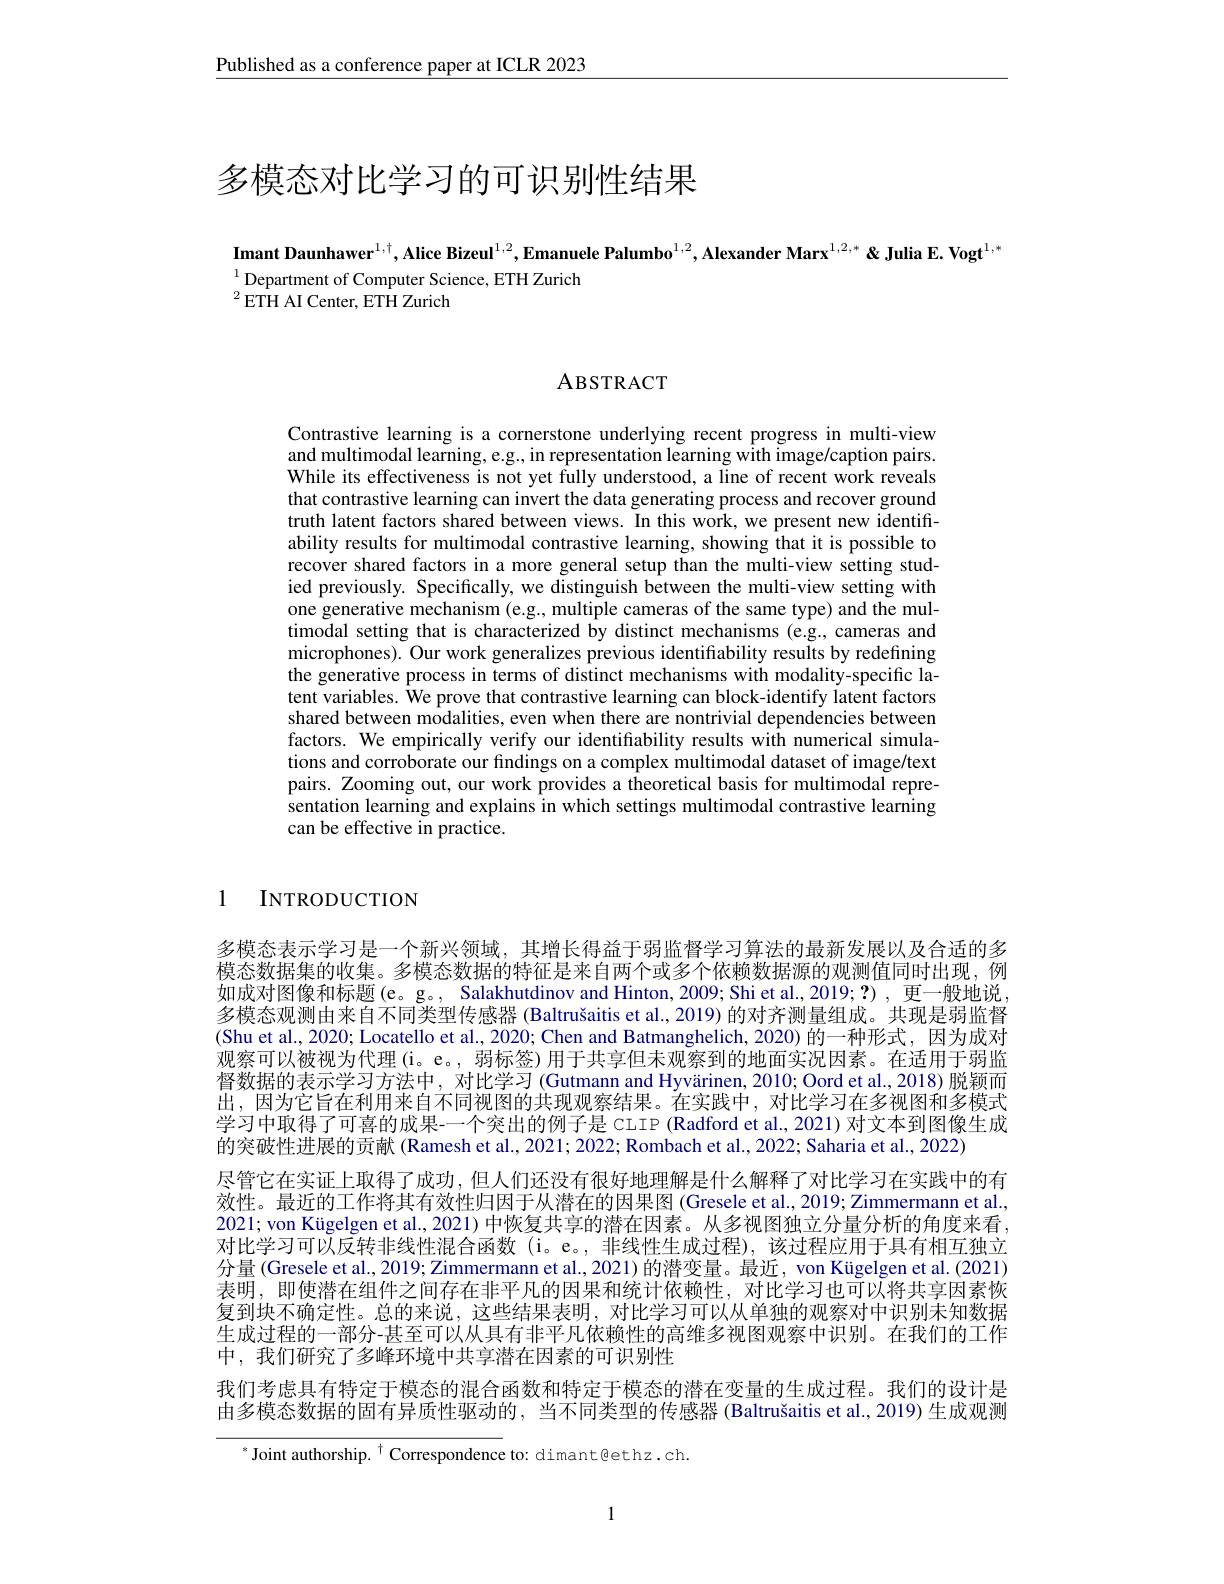
Published as a conference paper at ICLR 2023

# 多模态对比学习的可识别性结果

Imant Daunhawer$^1,\dagger$,Alice Bizeul$^{1,2},\textbf{Emanuele Palumbo}^{1,2}$,Alexander Marx$^1,2,*$ &Julia E. Vogt$^{1,*}$
$^{1}$Department of Computer Science, ETH Zurich
$^{2}{\mathrm{ETH~AI~Center,~ETH~Zurich}}$

# ABSTRACT

Contrastive learning is a cornerstone underlying recent progress in multi-view and multimodal learning, e.g., in representation learning with image/caption pairs. While its effectiveness is not yet fully understood, a line of recent work reveals that contrastive learning can invert the data generating process and recover ground truth latent factors shared between views. In this work, we present new identifiability results for multimodal contrastive learning, showing that it is possible to recover shared factors in a more general setup than the multi-view setting studied previously. Specifically, we distinguish between the multi-view setting with one generative mechanism (e.g., multiple cameras of the same type) and the multimodal setting that is characterized by distinct mechanisms (e.g., cameras and microphones). Our work generalizes previous identifiability results by redefining the generative process in terms of distinct mechanisms with modality-specific latent variables. $\hat{\text{We prove that contrastive learning can block-identify latent factors}}$ shared between modalities, even when there are nontrivial dependencies between factors. We empirically verify our identifiability results with numerical simulations and corroborate our findings on a complex multimodal dataset of image/text pairs. Zooming out, our work provides a theoretical basis for multimodal representation learning and explains in which settings multimodal contrastive learning can be effective in practice.

1 INTRODUCTION

多模态表示学习是一个新兴领域，其增长得益于弱监督学习算法的最新发展以及合适的多模态数据集的收集。多模态数据的特征是来自两个或多个依赖数据源的观测值同时出现，例如成对图像和标题(e。g。, Salakhutdinov and Hinton, 2009; Shi et al., 2019; ?) , 更一般地说， 多模态观测由来自不同类型传感器 (Baltrušaitis et al., 2019) 的对齐测量组成。共现是弱监督(Shu et al., 2020; Locatello et al., 2020; Chen and Batmanghelich, 2020) 的一种形式，因为成对观察可以被视为代理 (i。e。, 弱标签)用于共享但未观察到的地面实况因素。在适用于弱监督数据的表示学习方法中，对比学习 (Gutmann and Hyvärinen, 2010; Oord et al., 2018) 脱颖而出，因为它旨在利用来自不同视图的共现观察结果。在实践中，对比学习在多视图和多模式学习中取得了可喜的成果-一个突出的例子是 CLIP (Radford et al., 2021) 对文本到图像生成的突破性进展的贡献 (Ramesh et al., 2021; 2022; Rombach et al., 2022; Saharia et al., 2022)
尽管它在实证上取得了成功，但人们还没有很好地理解是什么解释了对比学习在实践中的有效性。最近的工作将其有效性归因于从潜在的因果图(Gresele et al., 2019; Zimmermann et al., 2021; von Kügelgen et al., 2021) 中恢复共享的潜在因素。从多视图独立分量分析的角度来看， 对比学习可以反转非线性混合函数(i。e。,非线性生成过程),该过程应用于具有相互独立分量(Gresele et al., 2019; Zimmermann et al., 2021) 的潜变量。最近，von Kügelgen et al. (2021) 表明，即使潜在组件之间存在非平凡的因果和统计依赖性，对比学习也可以将共享因素恢复到块不确定性。总的来说，这些结果表明，对比学习可以从单独的观察对中识别未知数据生成过程的一部分-甚至可以从具有非平凡依赖性的高维多视图观察中识别。在我们的工作中，我们研究了多峰环境中共享潜在因素的可识别性
我们考虑具有特定于模态的混合函数和特定于模态的潜在变量的生成过程。我们的设计是由多模态数据的固有异质性驱动的，当不同类型的传感器 (Baltrušaitis et al., 2019) 生成观测

$^{*}$ Joint authorship. $^\dagger$ Correspondence to: dimant@ethz.ch.

1